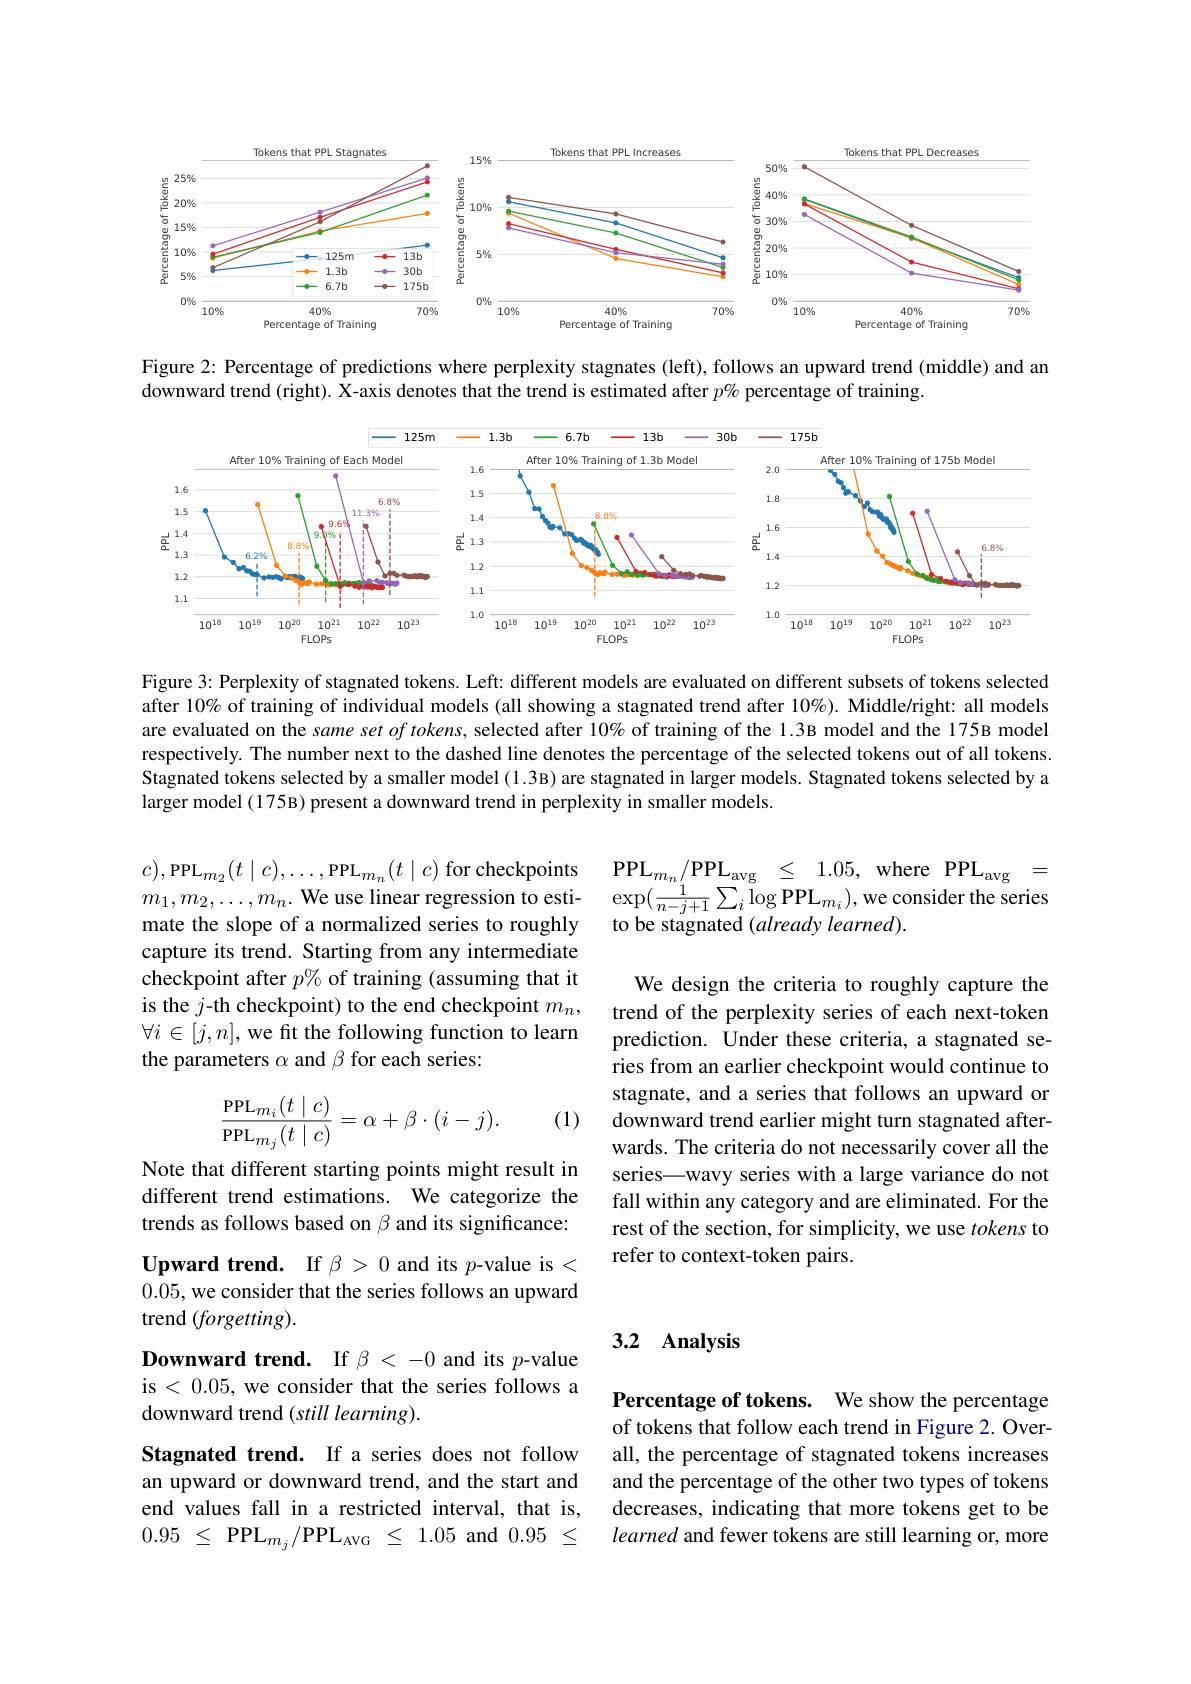
<FigureHere>

Figure 2: Percentage of predictions where perplexity stagnates (left), follows an upward trend (middle) and an
downward trend (right). X-axis denotes that the trend is estimated after $p\%$ percentage of training

<FigureHere>

Figure 3: Perplexity of stagnated tokens. Left: different models are evaluated on different subsets of tokens selected after 10% of training of individual models (all showing a stagnated trend after $10\%).$ Middle/right: all models are evaluated on the same set $of\textit{tokens, selected after 10\% of training of the 1. 3B model and the 175B model Tons prest ont ser ont ons pres ont ons pres pres ont ons pres pres pres pres pres pres pres pres pres pres pres pres pres pres pres pres pres }$ respectively. The number next to the dashed line denotes the percentage of the selected tokens out of all tokens. Stagnated tokens selected by a smaller model (1.3B) are stagnated in larger models. Stagnated tokens selected by a larger model (175B) present a downward trend in perplexity in smaller models.

$\mathrm{PPL}_{m_{n}}/ \mathrm{PPL}_{\mathrm{avg}}$ $\leq$ 1.05,where $\mathrm{PPL}_{\mathrm{avg}}$ = $\exp(\frac{1}{n-j+1}\sum_{i}\log\mathrm{PPL}_{m_{i}})$,we consider the series to be stagnated (already learned).

$c),\mathrm{PPL}_{m_{2}}(t\mid c),\ldots,\mathrm{PPL}_{m_{n}}(t\mid c)$ for checkpoints $m_1,m_2,\ldots,m_n.$ We use linear regression to estimate the slope of a normalized series to roughly capture its trend. Starting from any intermediate checkpoint after $p\%$ of training (assuming that it is the $j$-th checkpoint) to the end checkpoint $m_n$, $\forall i\in[j,n]$, we fit the following function to learn the parameters $\alpha$ and $\beta$ for each series:
$$\frac{\mathrm{PPL}_{m_i}(t\mid c)}{\mathrm{PPL}_{m_j}(t\mid c)}=\alpha+\beta\cdot(i-j).$$
(1)

We design the criteria to roughly capture the trend of the perplexity series of each next-token prediction. Under these criteria, a stagnated series from an earlier checkpoint would continue to stagnate, and a series that follows an upward or downward trend earlier might turn stagnated afterwards. The criteria do not necessarily cover all the series—wavy series with a large variance do not fall within any category and are eliminated. For the rest of the section, for simplicity, we use tokens to refer to context-token pairs.

Note that different starting points might result in different trend estimations. We categorize the trends as follows based on $\beta$ and its significance: $\textbf{Upward trend. }$ If $\beta>0$ and its $p$-value is< 0.05, we consider that the series follows an upward trend $(forgetting).$

# 3.2 Analysis

Downward trend. If $\beta<-0$ and its $p$-value is < 0.05, we consider that the series follows a downward trend (still learning).

Percentage of tokens. We show the percentage of tokens that follow each trend in Figure 2. Overall, the percentage of stagnated tokens increases and the percentage of the other two types of tokens decreases, indicating that more tokens get to be learned and fewer tokens are still learning or, more

Stagnated trend. If a series does not follow an upward or downward trend, and the start and end values fall in a restricted interval, that is, 0.95 $\leq$ $\mathrm{PPL}_{m_j}/ \mathrm{PPL}_{\mathrm{AVG}}$ $\leq$ 1.05 and0.95 $\leq$